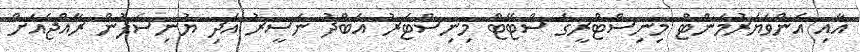
އާއި އެންވަޔަރުމަންޓް މިނިސްޓްރީގެ ސްޓޭޓް މިނިސްޓަރު އަބްދު ނަސީރު އަދި ޔުނިސެފުން ރާއްޖެއަށް